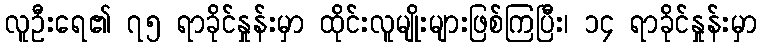
လူဦးရေ၏ ၇၅ ရာခိုင်နှုန်းမှာ ထိုင်းလူမျိုးများဖြစ်ကြပြီး၊ ၁၄ ရာခိုင်နှုန်းမှာ